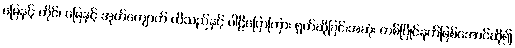
မြေနှင့် တိုင်၊ မြေနှင့် အုတ်ကျောက် ထိသည်နှင့် ပါဠိပြောကြား ရွတ်ဆိုခြင်းအဆုံး တစ်ပြိုင်နက်ဖြစ်အောင်ဆို၍